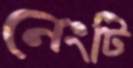
নেংটি